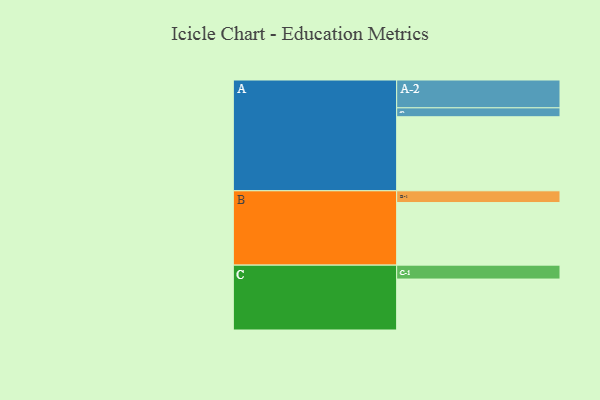
{"axis": {"x": "Segment", "y": "Value"}, "legend": ["", "A", "B", "C"], "data": [{"x": "A", "y": 516, "type": ""}, {"x": "B", "y": 436, "type": ""}, {"x": "C", "y": 355, "type": ""}, {"x": "A-1", "y": 62, "type": "A"}, {"x": "A-2", "y": 194, "type": "A"}, {"x": "B-1", "y": 82, "type": "B"}, {"x": "C-1", "y": 97, "type": "C"}]}